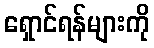
ရှောင်ရန်များကို